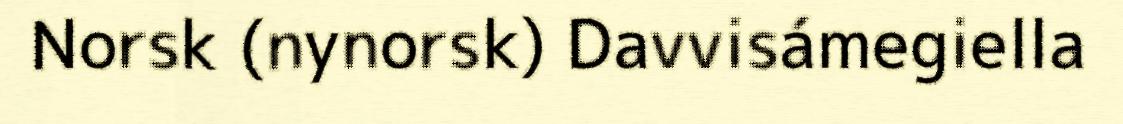
Norsk (nynorsk) Davvisámegiella